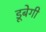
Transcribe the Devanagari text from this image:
डूबेगी